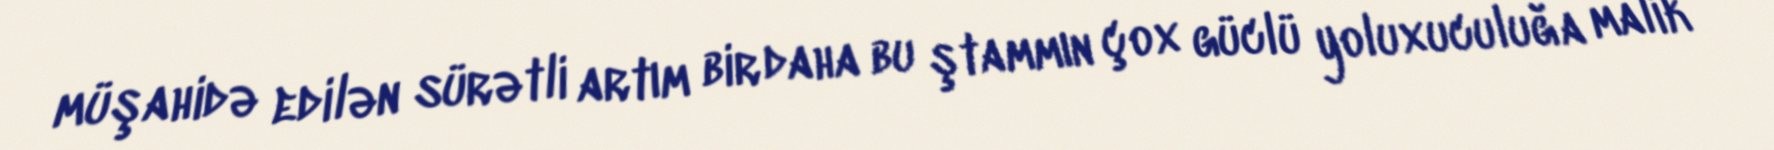
müşahidə edilən sürətli artım bir daha bu ştammın çox güclü yoluxuculuğa malik